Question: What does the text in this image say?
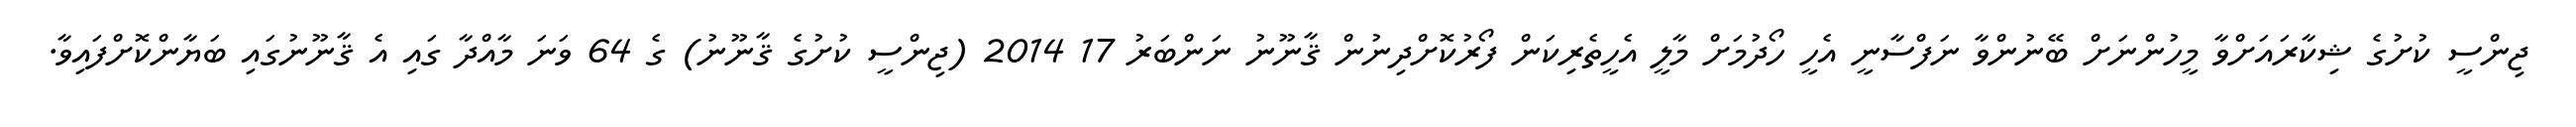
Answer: ޖިންސީ ކުށުގެ ޝިކާރައަށްވާ މީހުންނަށް ބޭނުންވާ ނަފްސާނީ އެހީ ހޯދުމަށް މާލީ އެހީތެރިކަން ފޯރުކޮށްދިނުން ޤާނޫނު ނަންބަރު 17 2014 (ޖިންސީ ކުށުގެ ޤާނޫނު) ގެ 64 ވަނަ މާއްދާ ގައި އެ ޤާނޫނުގައި ބަޔާންކޮށްފައިވާ.